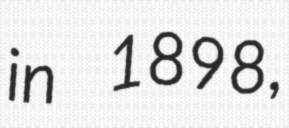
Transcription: in 1898,